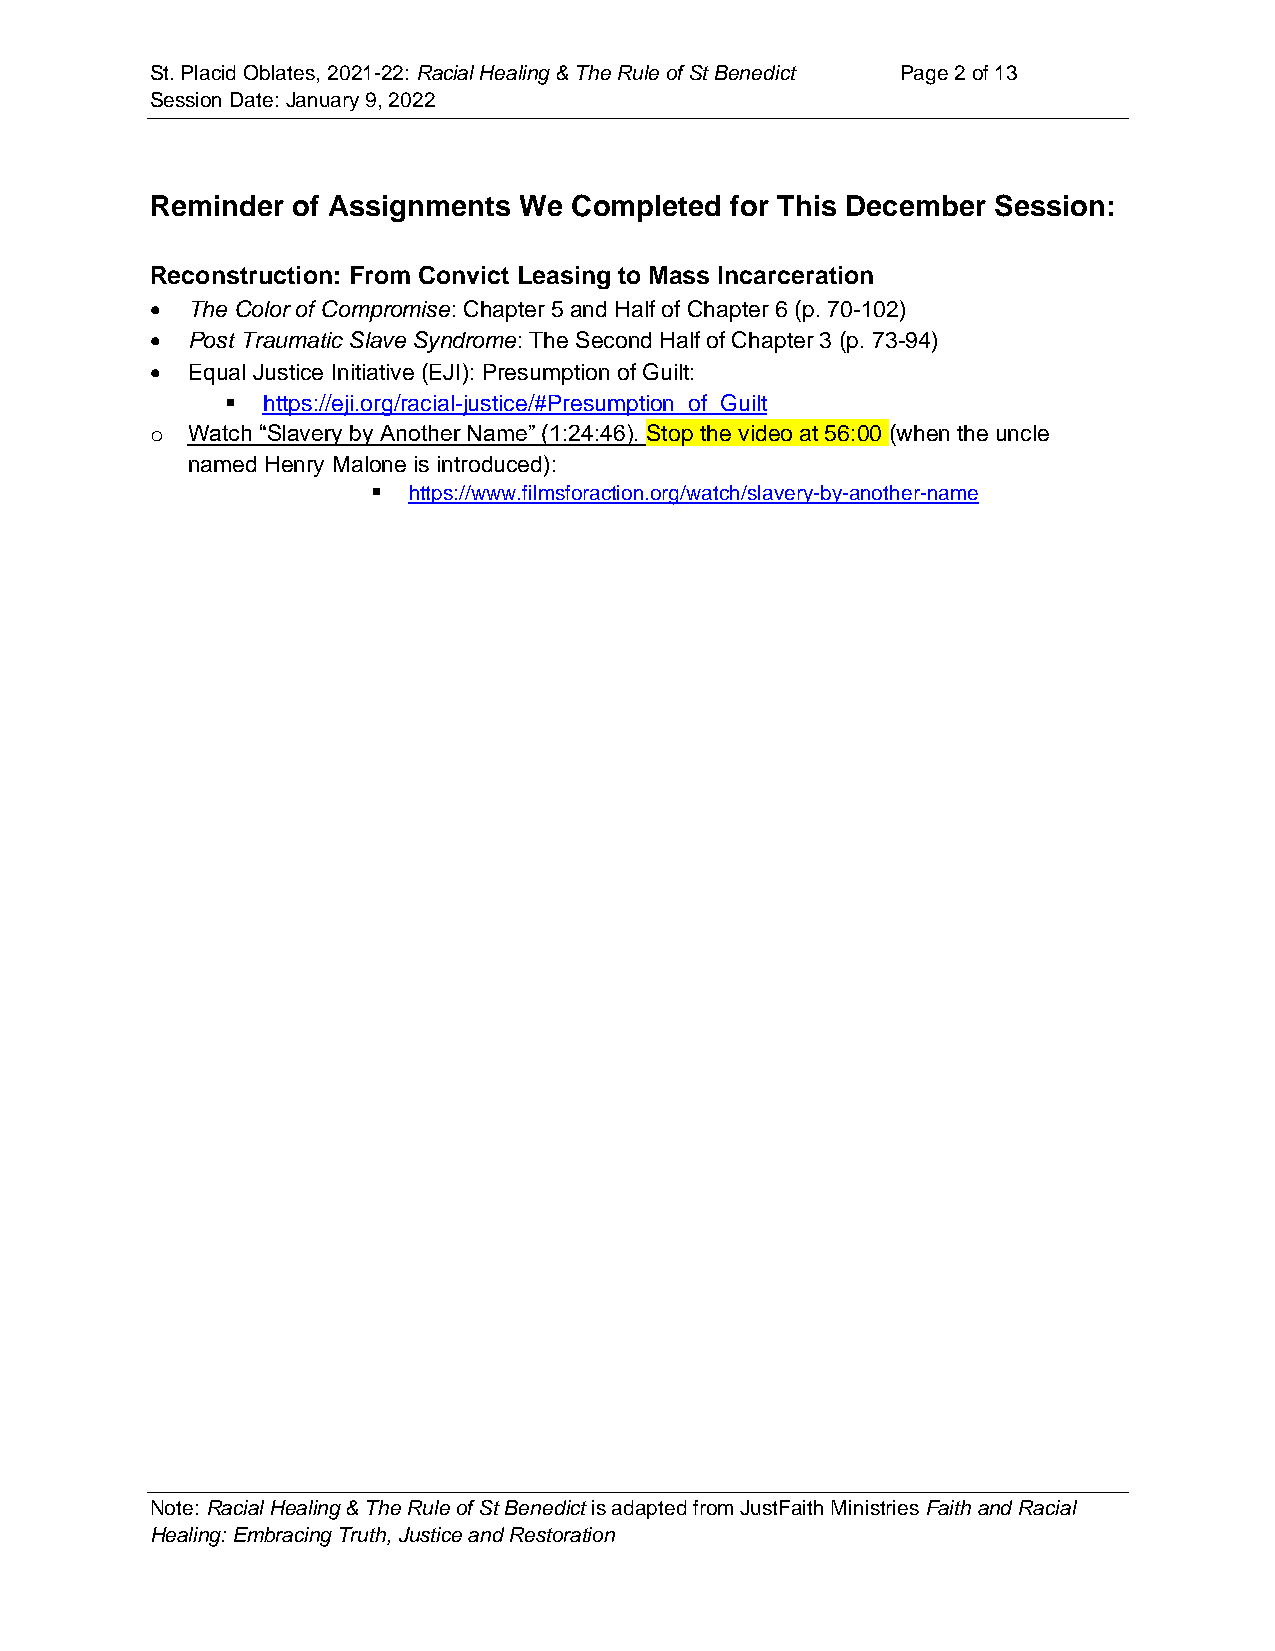
St. Placid Oblates, 2021-22: Racial Healing & The Rule of St Benedict Page 2 of 13
 Session Date: January 9, 2022
 Reminder of Assignments We  Completed for This December Session:
 Reconstruction: From Convict Leasing to Mass Incarceration
 • The Color of Compromise: Chapter 5 and Half of Chapter 6 (p. 70-102)
 • Post Traumatic Slave Syndrome: The Second Half of Chapter 3 (p. 73-94)
 • Equal Justice Initiative (EJI): Presumption of Guilt:
 ▪ https://eji.org/racial-justice/#Presumption_of_Guilt
 o Watch “Slavery by Another Name” (1:24:46). Stop the video at 56:00 (when the uncle
 named Henry Malone is introduced):
 ▪ https://www.filmsforaction.org/watch/slavery-by-another-name
 Note: Racial Healing & The Rule of St Benedict is adapted from JustFaith Ministries Faith and Racial
 Healing: Embracing Truth, Justice and Restoration